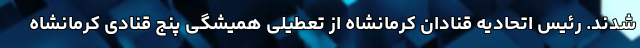
شدند. رئیس اتحادیه قنادان کرمانشاه از تعطیلی همیشگی پنج قنادی کرمانشاه